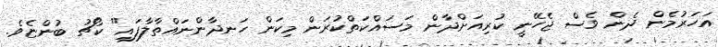
އަހަރުމެން ދެން ވެސް ޖެހޭނީ ކުރިއަށްދާން މަސައްކަތްކުރަން މިކަން ހަނދާންނައްތާލާފައި" ކޯޗު ބުންޏެވެ.